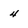
Character: 4